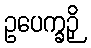
ဥပေက္ခဉှိ